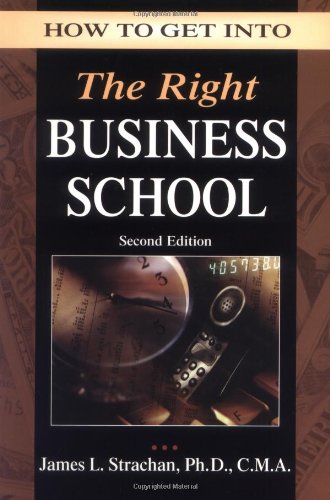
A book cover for How to Get into the Right Business School; J. Strachan; Education & Teaching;